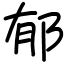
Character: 郁